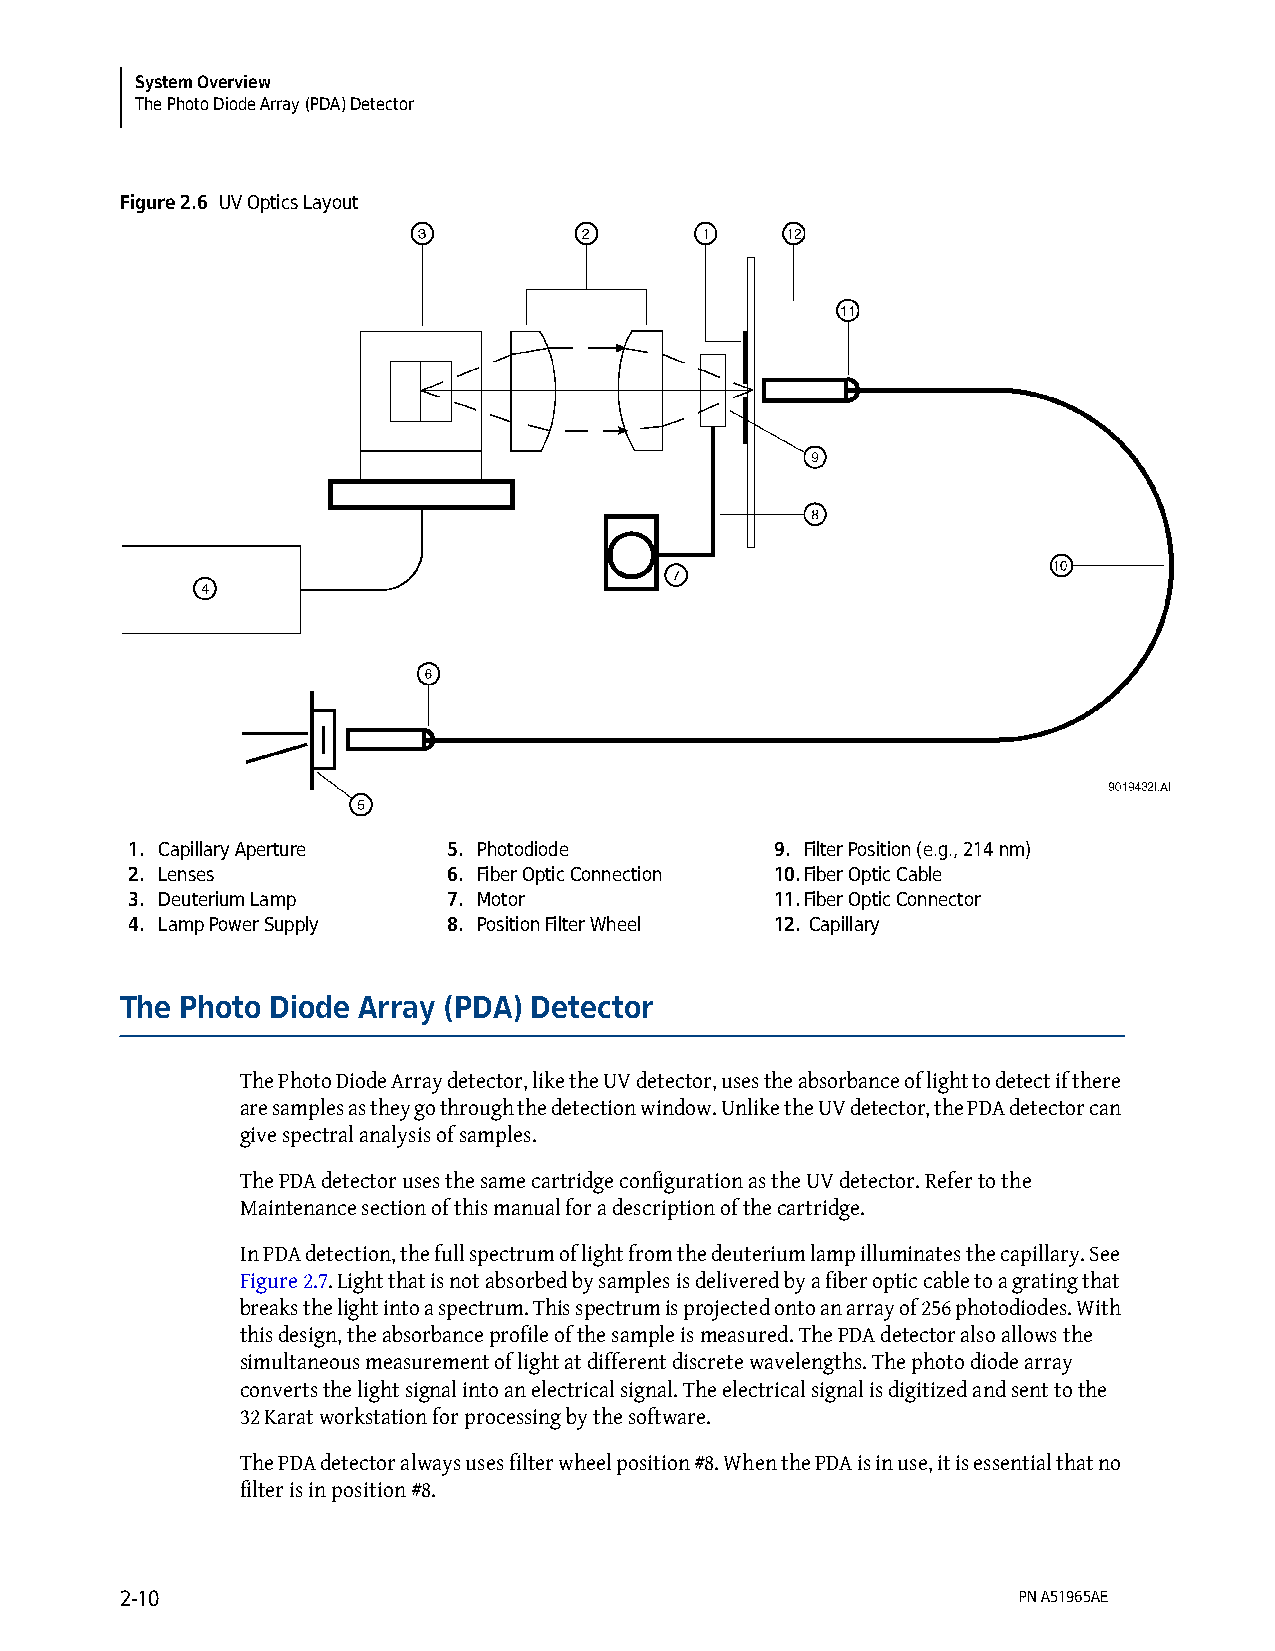
System Overview
 The Photo Diode Array (PDA) Detector
 Figure 2.6 UV Optics Layout
 1. Capillary Aperture 5. Photodiode        9. Filter Position (e.g., 214 nm)
 2. Lenses             6. Fiber Optic Connection 10.Fiber Optic Cable
 3. Deuterium Lamp     7. Motor             11.Fiber Optic Connector
 4. Lamp Power Supply  8. Position Filter Wheel 12. Capillary
 The Photo Diode Array (PDA) Detector
 The Photo Diode Array detector, like the UV detector, uses the absorbance of light to detect if there
 are samples as they go through the detection window. Unlike the UV detector, the PDA detector can
 give spectral analysis of samples.
 The PDA detector uses the same cartridge configuration as the UV detector. Refer to the
 Maintenance section of this manual for a description of the cartridge.
 In PDA detection, the full spectrum of light from the deuterium lamp illuminates the capillary. See
 Figure 2.7. Light that is not absorbed by samples is delivered by a fiber optic cable to a grating that
 breaks the light into a spectrum. This spectrum is projected onto an array of 256 photodiodes. With
 this design, the absorbance profile of the sample is measured. The PDA detector also allows the
 simultaneous measurement of light at different discrete wavelengths. The photo diode array
 converts the light signal into an electrical signal. The electrical signal is digitized and sent to the
 32 Karat workstation for processing by the software.
 The PDA detector always uses filter wheel position #8. When the PDA is in use, it is essential that no
 filter is in position #8.
 2-10                                                       PN A51965AE